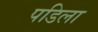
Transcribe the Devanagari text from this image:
पडिला